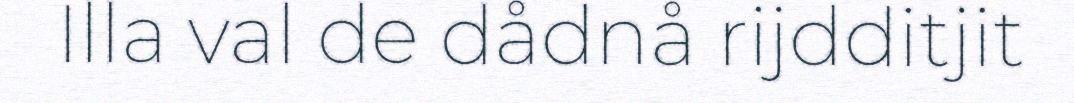
Illa val de dådnå rijdditjit